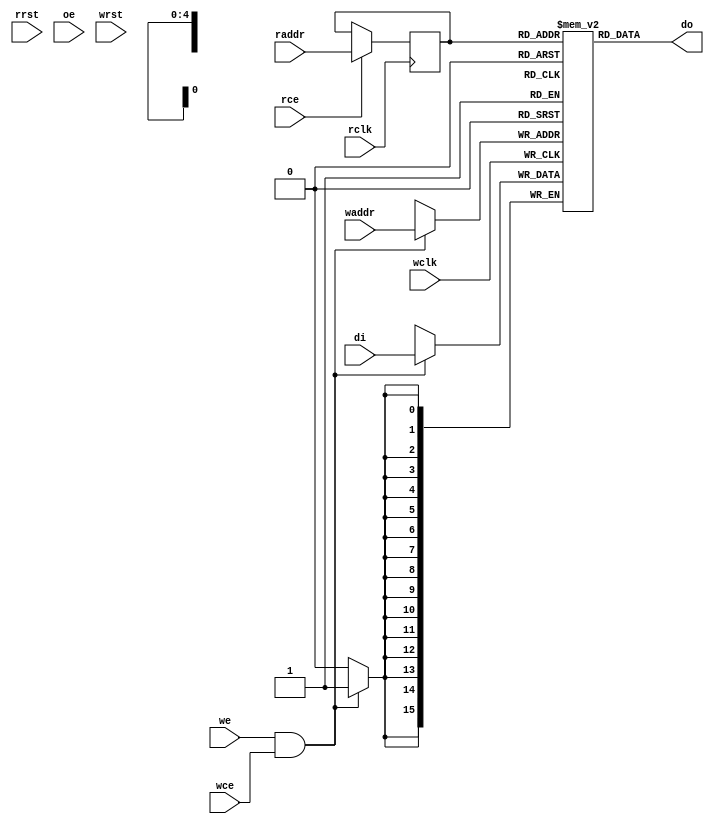
/*
 * Copyright (C) 2018 Markus Lavin (https://www.zzzconsulting.se/)
 *
 * All rights reserved.
 *
 * This program is free software: you can redistribute it and/or modify
 * it under the terms of the GNU General Public License as published by
 * the Free Software Foundation, either version 3 of the License, or
 * (at your option) any later version.
 *
 * This program is distributed in the hope that it will be useful,
 * but WITHOUT ANY WARRANTY; without even the implied warranty of
 * MERCHANTABILITY or FITNESS FOR A PARTICULAR PURPOSE.  See the
 * GNU General Public License for more details.
 *
 * You should have received a copy of the GNU General Public License
 * along with this program.  If not, see <https://www.gnu.org/licenses/>.
 *
 */

module dpram(
	// Generic synchronous dual-port RAM interface
	rclk, rrst, rce, oe, raddr, do,
	wclk, wrst, wce, we, waddr, di
);

	//
	// Default address and data buses width
	//
	parameter aw = 5;  // number of bits in address-bus
	parameter dw = 16; // number of bits in data-bus

	//
	// Generic synchronous double-port RAM interface
	//
	// read port
	input           rclk;  // read clock, rising edge trigger
	input           rrst;  // read port reset, active high
	input           rce;   // read port chip enable, active high
	input           oe;	   // output enable, active high
	input  [aw-1:0] raddr; // read address
	output [dw-1:0] do;    // data output

	// write port
	input          wclk;  // write clock, rising edge trigger
	input          wrst;  // write port reset, active high
	input          wce;   // write port chip enable, active high
	input          we;    // write enable, active high
	input [aw-1:0] waddr; // write address
	input [dw-1:0] di;    // data input

	reg [dw-1:0] mem [(1<<aw) -1:0] /* synthesis syn_ramstyle="block_ram" */;
	reg [aw-1:0] ra;                // register read address

	// read operation
	always @(posedge rclk) begin
		if (rce) begin
			ra <= raddr;
		end
	end

	assign do = mem[ra];

	// write operation
	always @(posedge wclk) begin
		if (we && wce) begin
			mem[waddr] <= di;
		end
	end

endmodule